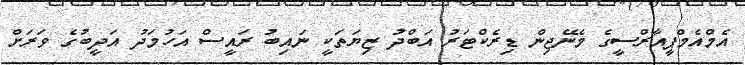
އެމްއެމްޕީއާރްސީގެ މެނޭޖިން ޑިރެކްޓަރު އަބްދު ޒިޔަތަކީ ނައިބު ރައީސް އަހުމަދު އަދީބުގެ ވަރަށް